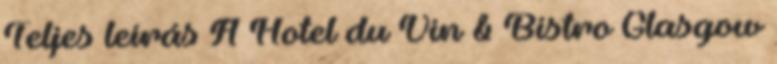
Teljes leírás A Hotel du Vin & Bistro Glasgow